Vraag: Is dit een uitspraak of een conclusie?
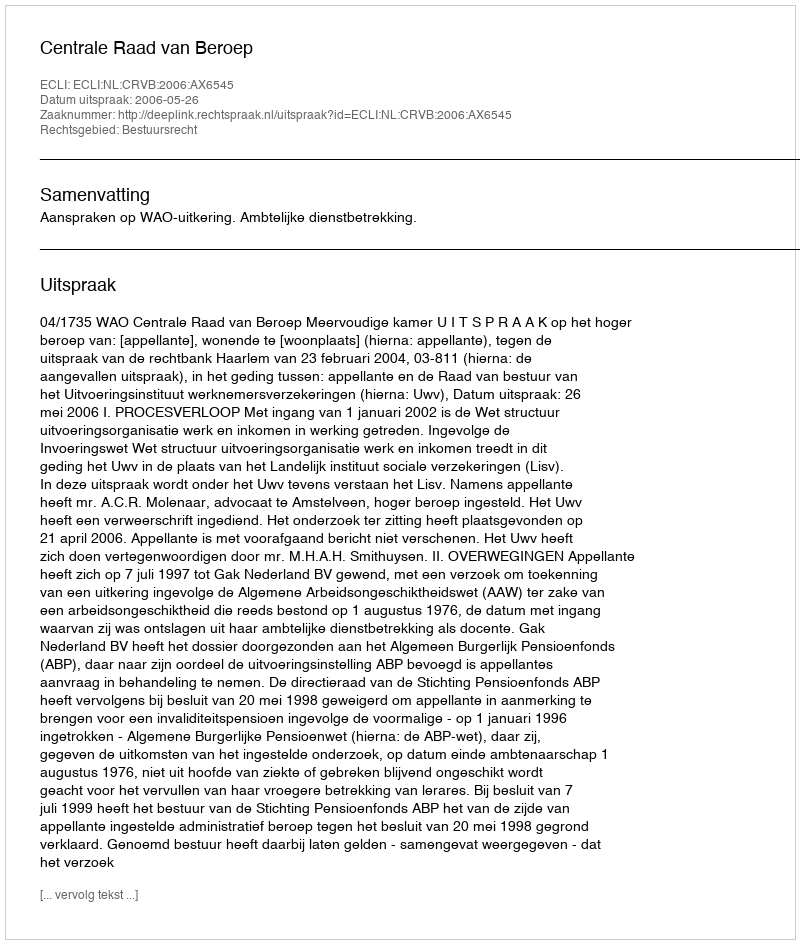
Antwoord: Uitspraak